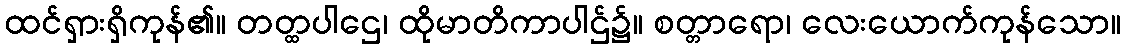
ထင်ရှားရှိကုန်၏။ တတ္ထပါဌေ၊ ထိုမာတိကာပါဌ်၌။ စတ္တာရော၊ လေးယောက်ကုန်သော။